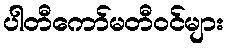
ပါတီကော်မတီဝင်များ